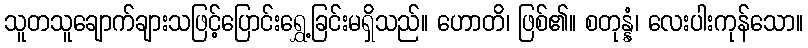
သူတသူချောက်ချားသဖြင့်ပြောင်းရွှေ့ခြင်းမရှိသည်။ ဟောတိ၊ ဖြစ်၏။ စတုန္နံ၊ လေးပါးကုန်သော။